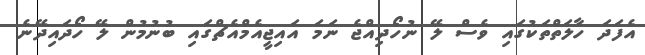
އެފަދަ ހާލަތްތަކުގައި ވެސް ލޭ ނުހޯދިއްޖެ ނަމަ އައިޖީއެމްއެޗްގައި ބުނުމުން ލޭ ހޯދައިދޭނެ